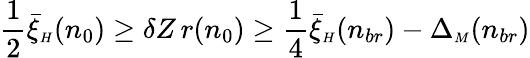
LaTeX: \frac 12\bar{\xi}_{{\scriptscriptstyle H}}(n_{0})\ge\delta Z\, r(n_{0})\ge\frac 14\bar{\xi}_{{\scriptscriptstyle H}}(n_{br})-\Delta_{{\scriptscriptstyle M}}(n_{br})